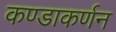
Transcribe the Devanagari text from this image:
कण्डाकर्णन